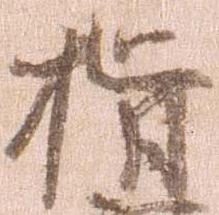
指